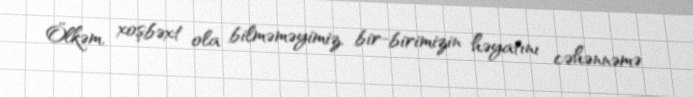
Ölkəm, xoşbəxt ola bilməməyimiz, bir-birimizin həyatını cəhənnəmə